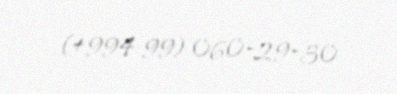
(+994 99) 060-29-30